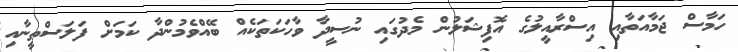
ހަމާސް ޖަމާއަތާއި އިސްރާއީލުގެ އޮފިޝަލުން މެދުގައި ނުސީދާ ވާހަކަތަކެއް ބޭއްވެމުންދާ ކަމަށް ފަލަސްތީނާއި